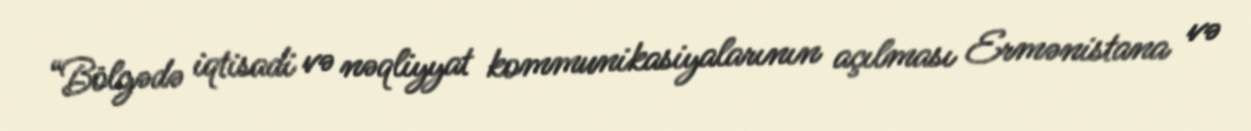
“Bölgədə iqtisadi və nəqliyyat kommunikasiyalarının açılması Ermənistana və